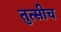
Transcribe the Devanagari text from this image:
तुत्‍सीच